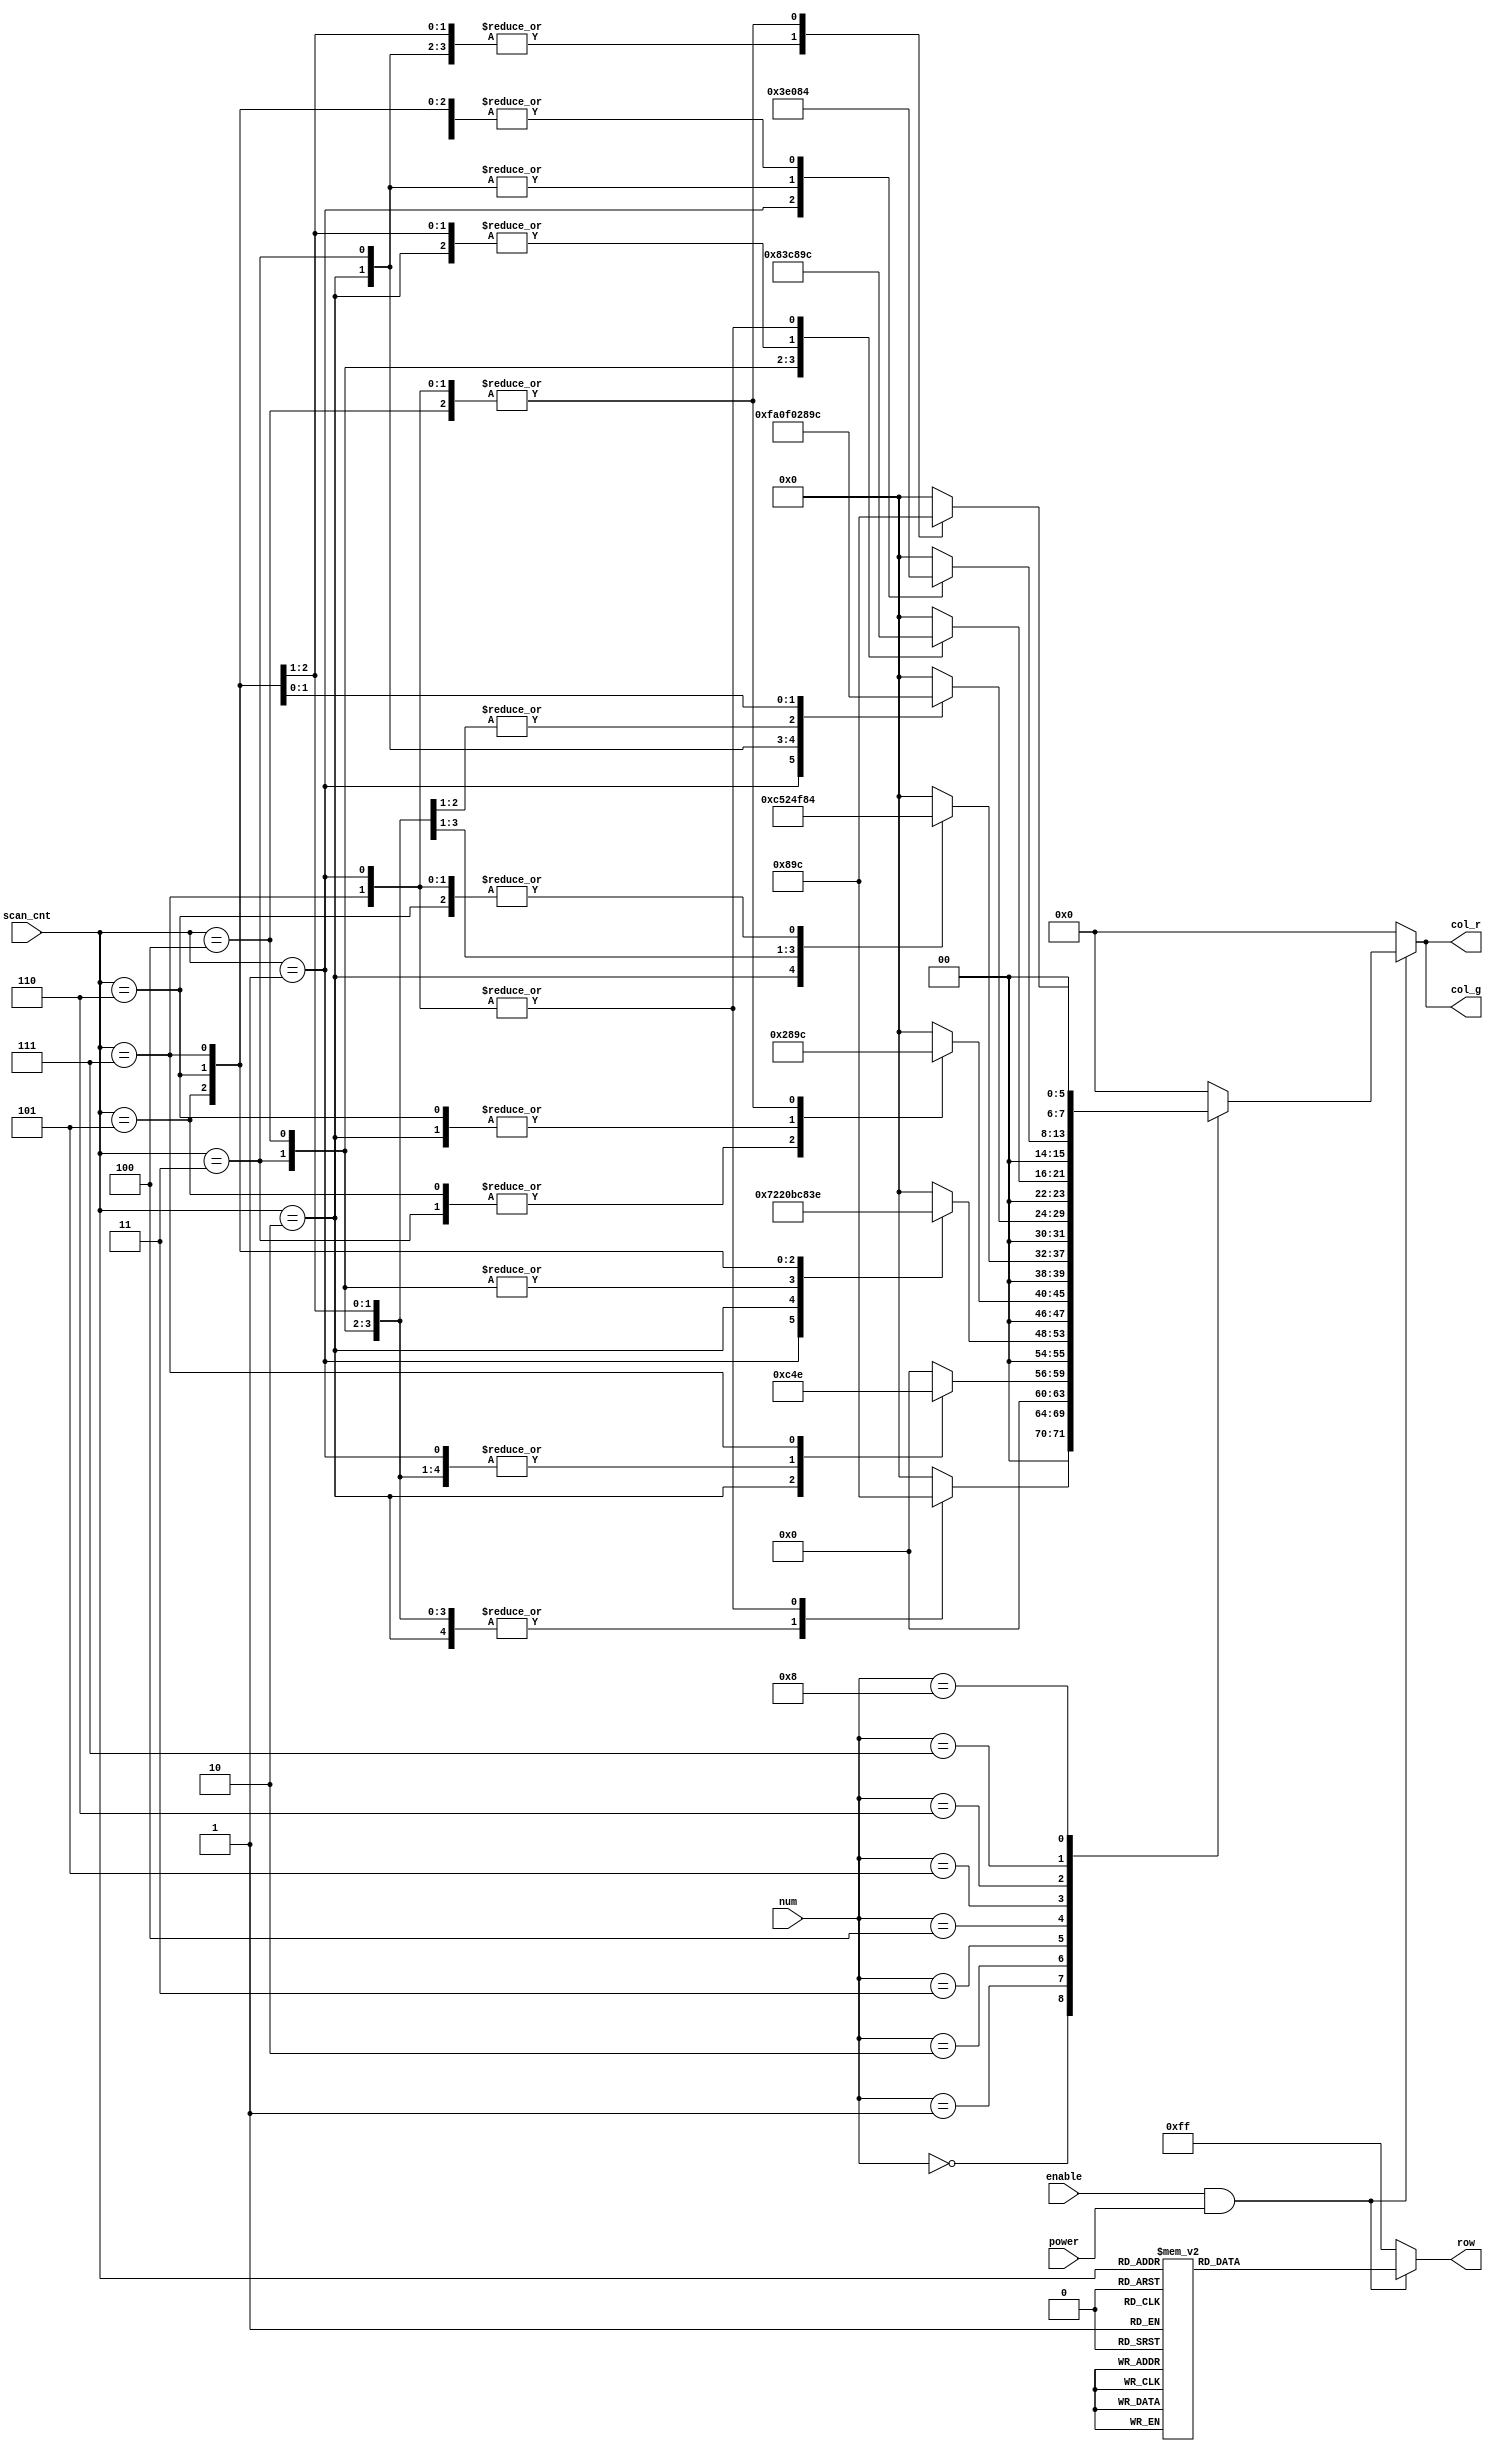
/**
  * @desc  - 
  * @input wire power - 
  * @input wire enable - 
  * @input wire [3:0] num - 
  * @input wire [2:0] scan_cnt - 
  * @ouput reg [7 : 0] row - 
  * @ouput reg [7 : 0] col_r - 
  * @ouput reg [7 : 0] col_g - 
*/
module DotMatrix (
    input power,
    input enable,
    input [3:0] num,
    input [2:0] scan_cnt,
    output reg [7 : 0] row,
    output reg [7 : 0] col_r,
    output reg [7 : 0] col_g
);

    // 
    always @(*) begin
        if (enable && power)       // 1
            case (scan_cnt)
                0 :       row <= 8'b1111_1110;
                1 :       row <= 8'b1111_1101;
                2 :       row <= 8'b1111_1011;
                3 :       row <= 8'b1111_0111;
                4 :       row <= 8'b1110_1111;
                5 :       row <= 8'b1101_1111;
                6 :       row <= 8'b1011_1111;
                7 :       row <= 8'b0111_1111;
                default : row <= 8'b1111_1111;
            endcase
        else              row <= 8'b1111_1111;
    end

    // 
    always @(*) begin
        if (enable && power) begin // 1
            case (num)
                0 : case (scan_cnt)
                    1 :       begin col_r <= 8'b0001_1100; col_g <= 8'b0001_1100; end
                    2 :       begin col_r <= 8'b0010_0010; col_g <= 8'b0010_0010; end
                    3 :       begin col_r <= 8'b0010_0010; col_g <= 8'b0010_0010; end
                    4 :       begin col_r <= 8'b0010_0010; col_g <= 8'b0010_0010; end
                    5 :       begin col_r <= 8'b0010_0010; col_g <= 8'b0010_0010; end
                    6 :       begin col_r <= 8'b0010_0010; col_g <= 8'b0010_0010; end
                    7 :       begin col_r <= 8'b0001_1100; col_g <= 8'b0001_1100; end
                    default : begin col_r <= 8'b0000_0000; col_g <= 8'b0000_0000; end
                endcase
                1 :   case (scan_cnt)
                    1 :       begin col_r <= 8'b0000_0100; col_g <= 8'b0000_0100; end
                    2 :       begin col_r <= 8'b0000_1100; col_g <= 8'b0000_1100; end
                    3 :       begin col_r <= 8'b0000_0100; col_g <= 8'b0000_0100; end
                    4 :       begin col_r <= 8'b0000_0100; col_g <= 8'b0000_0100; end
                    5 :       begin col_r <= 8'b0000_0100; col_g <= 8'b0000_0100; end
                    6 :       begin col_r <= 8'b0000_0100; col_g <= 8'b0000_0100; end
                    7 :       begin col_r <= 8'b0000_1110; col_g <= 8'b0000_1110; end
                    default : begin col_r <= 8'b0000_0000; col_g <= 8'b0000_0000; end
                endcase
                2 : case (scan_cnt)
                    1 :       begin col_r <= 8'b0001_1100; col_g <= 8'b0001_1100; end
                    2 :       begin col_r <= 8'b0010_0010; col_g <= 8'b0010_0010; end
                    3 :       begin col_r <= 8'b0000_0010; col_g <= 8'b0000_0010; end
                    4 :       begin col_r <= 8'b0000_0010; col_g <= 8'b0000_0010; end
                    5 :       begin col_r <= 8'b0011_1100; col_g <= 8'b0011_1100; end
                    6 :       begin col_r <= 8'b0010_0000; col_g <= 8'b0010_0000; end
                    7 :       begin col_r <= 8'b0011_1110; col_g <= 8'b0011_1110; end
                    default : begin col_r <= 8'b0000_0000; col_g <= 8'b0000_0000; end
                endcase
                3 : case (scan_cnt)
                    1 :       begin col_r <= 8'b0001_1100; col_g <= 8'b0001_1100; end
                    2 :       begin col_r <= 8'b0010_0010; col_g <= 8'b0010_0010; end
                    3 :       begin col_r <= 8'b0000_0010; col_g <= 8'b0000_0010; end
                    4 :       begin col_r <= 8'b0001_1100; col_g <= 8'b0001_1100; end
                    5 :       begin col_r <= 8'b0000_0010; col_g <= 8'b0000_0010; end
                    6 :       begin col_r <= 8'b0010_0010; col_g <= 8'b0010_0010; end
                    7 :       begin col_r <= 8'b0001_1100; col_g <= 8'b0001_1100; end
                    default : begin col_r <= 8'b0000_0000; col_g <= 8'b0000_0000; end
                endcase
                4 : case (scan_cnt)
                    1 :       begin col_r <= 8'b0000_0100; col_g <= 8'b0000_0100; end
                    2 :       begin col_r <= 8'b0000_1100; col_g <= 8'b0000_1100; end
                    3 :       begin col_r <= 8'b0001_0100; col_g <= 8'b0001_0100; end
                    4 :       begin col_r <= 8'b0010_0100; col_g <= 8'b0010_0100; end
                    5 :       begin col_r <= 8'b0011_1110; col_g <= 8'b0011_1110; end
                    6 :       begin col_r <= 8'b0000_0100; col_g <= 8'b0000_0100; end
                    7 :       begin col_r <= 8'b0000_0100; col_g <= 8'b0000_0100; end
                    default : begin col_r <= 8'b0000_0000; col_g <= 8'b0000_0000; end
                endcase
                5 : case (scan_cnt)
                    1 :       begin col_r <= 8'b0011_1110; col_g <= 8'b0011_1110; end
                    2 :       begin col_r <= 8'b0010_0000; col_g <= 8'b0010_0000; end
                    3 :       begin col_r <= 8'b0011_1100; col_g <= 8'b0011_1100; end
                    4 :       begin col_r <= 8'b0000_0010; col_g <= 8'b0000_0010; end
                    5 :       begin col_r <= 8'b0000_0010; col_g <= 8'b0000_0010; end
                    6 :       begin col_r <= 8'b0010_0010; col_g <= 8'b0010_0010; end
                    7 :       begin col_r <= 8'b0001_1100; col_g <= 8'b0001_1100; end
                    default : begin col_r <= 8'b0000_0000; col_g <= 8'b0000_0000; end
                endcase
                6 : case (scan_cnt)
                    1 :       begin col_r <= 8'b0001_1100; col_g <= 8'b0001_1100; end
                    2 :       begin col_r <= 8'b0010_0010; col_g <= 8'b0010_0010; end
                    3 :       begin col_r <= 8'b0010_0000; col_g <= 8'b0010_0000; end
                    4 :       begin col_r <= 8'b0011_1100; col_g <= 8'b0011_1100; end
                    5 :       begin col_r <= 8'b0010_0010; col_g <= 8'b0010_0010; end
                    6 :       begin col_r <= 8'b0010_0010; col_g <= 8'b0010_0010; end
                    7 :       begin col_r <= 8'b0001_1100; col_g <= 8'b0001_1100; end
                    default : begin col_r <= 8'b0000_0000; col_g <= 8'b0000_0000; end
                endcase
                7 : case (scan_cnt)
                    1 :       begin col_r <= 8'b0011_1110; col_g <= 8'b0011_1110; end
                    2 :       begin col_r <= 8'b0000_0010; col_g <= 8'b0000_0010; end
                    3 :       begin col_r <= 8'b0000_0010; col_g <= 8'b0000_0010; end
                    4 :       begin col_r <= 8'b0000_0100; col_g <= 8'b0000_0100; end
                    5 :       begin col_r <= 8'b0000_0100; col_g <= 8'b0000_0100; end
                    6 :       begin col_r <= 8'b0000_0100; col_g <= 8'b0000_0100; end
                    7 :       begin col_r <= 8'b0000_0100; col_g <= 8'b0000_0100; end
                    default : begin col_r <= 8'b0000_0000; col_g <= 8'b0000_0000; end
                endcase
                8 : case (scan_cnt)
                    1 :       begin col_r <= 8'b0001_1100; col_g <= 8'b0001_1100; end
                    2 :       begin col_r <= 8'b0010_0010; col_g <= 8'b0010_0010; end
                    3 :       begin col_r <= 8'b0010_0010; col_g <= 8'b0010_0010; end
                    4 :       begin col_r <= 8'b0001_1100; col_g <= 8'b0001_1100; end
                    5 :       begin col_r <= 8'b0010_0010; col_g <= 8'b0010_0010; end
                    6 :       begin col_r <= 8'b0010_0010; col_g <= 8'b0010_0010; end
                    7 :       begin col_r <= 8'b0001_1100; col_g <= 8'b0001_1100; end
                    default : begin col_r <= 8'b0000_0000; col_g <= 8'b0000_0000; end
                endcase
                default :     begin col_r <= 8'b0000_0000; col_g <= 8'b0000_0000; end
            endcase
        end
        else                  begin col_r <= 8'b0000_0000; col_g <= 8'b0000_0000; end
    end

endmodule